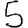
Digit: 5